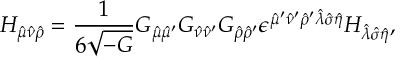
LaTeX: H _ { \hat { \mu } \hat { \nu } \hat { \rho } } = { \frac { 1 } { 6 \sqrt { - G } } } G _ { \hat { \mu } \hat { \mu } ^ { \prime } } G _ { \hat { \nu } \hat { \nu } ^ { \prime } } G _ { \hat { \rho } \hat { \rho } ^ { \prime } } \epsilon ^ { \hat { \mu } ^ { \prime } \hat { \nu } ^ { \prime } \hat { \rho } ^ { \prime } \hat { \lambda } \hat { \sigma } \hat { \eta } } H _ { \hat { \lambda } \hat { \sigma } \hat { \eta } } ,